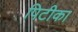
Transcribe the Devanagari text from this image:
पिटीका